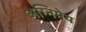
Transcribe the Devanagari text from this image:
अग्‍निमेय